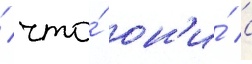
/ что́ он'и́ с